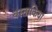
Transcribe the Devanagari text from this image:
बस्ताकिया